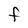
Character: F